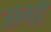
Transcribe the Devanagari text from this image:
जानहीं